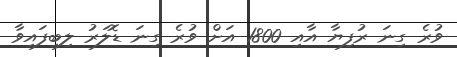
ވުރެ ގިނަ ރުފިޔާ އާއި 1800 އަށް ވުރެ ގިނަ ޑޮލަރު ލިބިފައިވާ